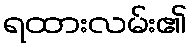
ရထားလမ်း၏